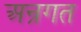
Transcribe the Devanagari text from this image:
अन्रगत